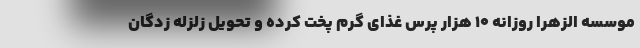
موسسه الزهرا روزانه ۱۰ هزار پرس غذای گرم پخت کرده و تحویل زلزله زدگان